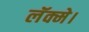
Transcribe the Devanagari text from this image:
लॅक्मे।